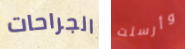
الجراحات وأرسلت